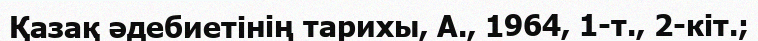
Қазақ әдебиетінің тарихы, А., 1964, 1-т., 2-кіт.;